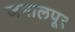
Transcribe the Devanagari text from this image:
जमालपूर